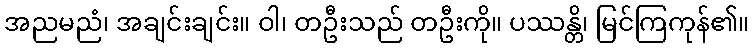
အညမညံ၊ အချင်းချင်း။ ဝါ၊ တဦးသည် တဦးကို။ ပဿန္တိ၊ မြင်ကြကုန်၏။